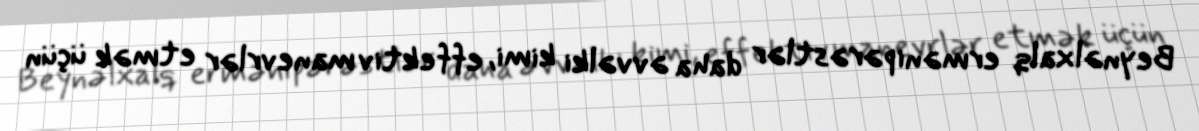
Beynəlxalq ermənipərəstlər daha əvvəlki kimi, effektiv manevrlər etmək üçün